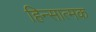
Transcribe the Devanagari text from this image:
हिन्सात्मक